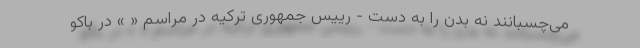
می‌چسبانند نه بدن را به دست - رییس جمهوری ترکیه در مراسم « » در باکو